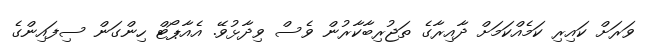
ވަރަށް ކައިރި ކަމެއްކަމަށް ދާއިރާގެ ތަޖުރިބާކާރުން ވެސް ވިދާޅުވޭ. އެއާޕޯޓް ހިންގަން ސިފައިންގެ